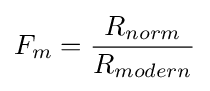
F_{m}={\frac {R_{norm}}{R_{modern}}}